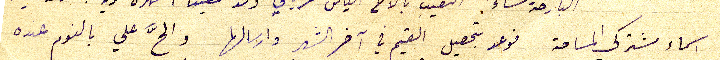
اسماء مشتركي المساحة فوعد بتحصيل القيم في آخر الشهر وارسالها والحَّ علي بالنوم عنده